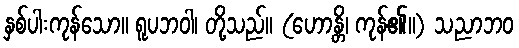
နှစ်ပါးကုန်သော။ ရူပဘဝါ၊ တို့သည်။ (ဟောန္တိ၊ ကုန်၏။) သညာဘဝ